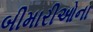
બીમારીઓના